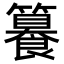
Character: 𥶉